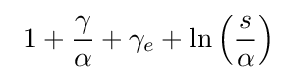
\ 1+{\frac {\gamma }{\alpha }}+\gamma _{e}+\ln \left({\frac {s}{\alpha }}\right)\